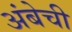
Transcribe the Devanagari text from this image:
अंबेची